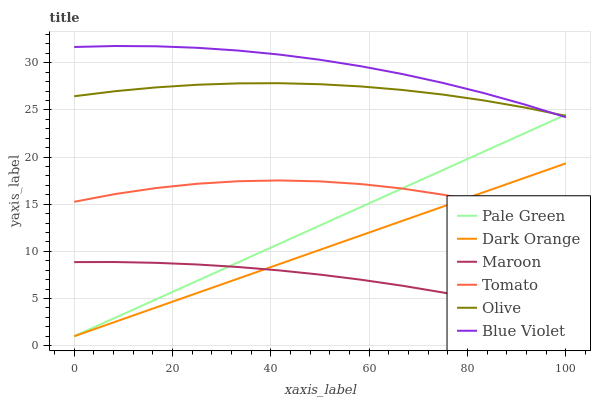
| xaxis_label | Pale Green | Dark Orange | Maroon | Tomato | Olive | Blue Violet |
 | --- | --- | --- | --- | --- | --- | --- |
 | 0 | 1 | 1 | 8.86 | 15.3 | 26.4 | 31.7 |
 | 8.33 | 2.96 | 2.53 | 8.87 | 16.1 | 27 | 31.8 |
 | 16.7 | 4.92 | 4.06 | 8.79 | 16.7 | 27.4 | 31.7 |
 | 25 | 6.88 | 5.58 | 8.61 | 17.2 | 27.7 | 31.6 |
 | 33.3 | 8.83 | 7.11 | 8.34 | 17.4 | 27.8 | 31.3 |
 | 41.7 | 10.8 | 8.64 | 7.98 | 17.5 | 27.8 | 30.9 |
 | 50 | 12.8 | 10.2 | 7.54 | 17.4 | 27.7 | 30.3 |
 | 58.3 | 14.7 | 11.7 | 6.99 | 17.1 | 27.5 | 29.6 |
 | 66.7 | 16.7 | 13.2 | 6.36 | 16.7 | 27.1 | 28.8 |
 | 75 | 18.6 | 14.8 | 5.64 | 16 | 26.6 | 27.9 |
 | 83.3 | 20.6 | 16.3 | 4.83 | 15.2 | 26 | 26.8 |
 | 91.7 | 22.5 | 17.8 | 3.92 | 14.1 | 25.2 | 25.6 |
 | 100 | 24.5 | 19.3 | 2.92 | 12.9 | 24.4 | 24.2 |